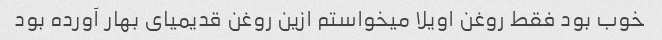
خوب بود فقط روغن اویلا میخواستم ازین روغن قدیمیای بهار آورده بود